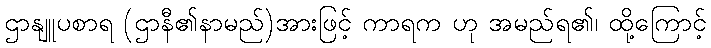
ဌာနျူပစာရ (ဌာနီ၏နာမည်)အားဖြင့် ကာရက ဟု အမည်ရ၏၊ ထို့ကြောင့်